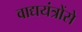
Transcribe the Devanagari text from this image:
वाद्ययंत्रोंसे